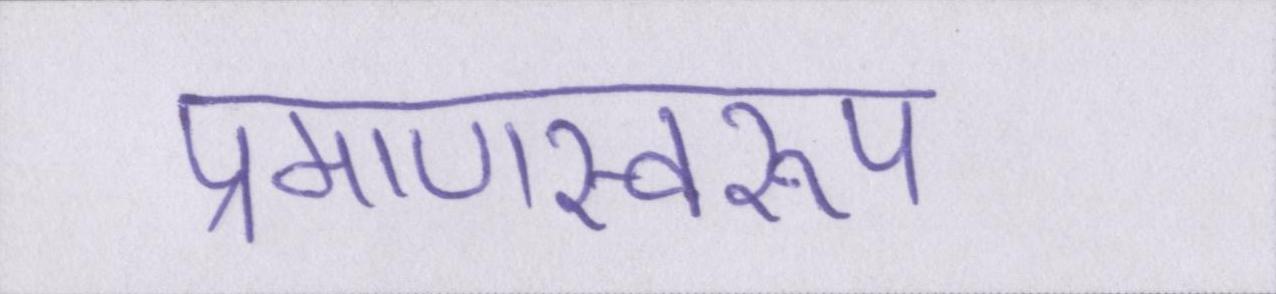
प्रमाणस्वरूप